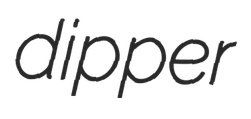
dipper